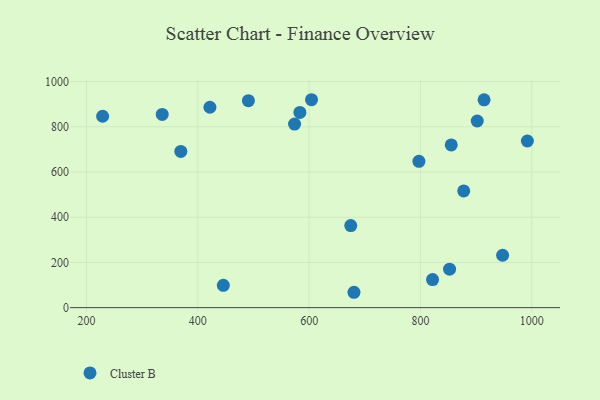
{"axis": {"x": "Speed", "y": "Sales"}, "legend": ["Cluster B"], "data": [{"x": "369.4", "y": 690.8, "type": "Cluster B"}, {"x": "855.4", "y": 719.8, "type": "Cluster B"}, {"x": "852.4", "y": 170.1, "type": "Cluster B"}, {"x": "228.9", "y": 846.6, "type": "Cluster B"}, {"x": "604.3", "y": 919.6, "type": "Cluster B"}, {"x": "674.8", "y": 362.9, "type": "Cluster B"}, {"x": "914.4", "y": 919.3, "type": "Cluster B"}, {"x": "947.7", "y": 231.7, "type": "Cluster B"}, {"x": "490.9", "y": 915.4, "type": "Cluster B"}, {"x": "445.8", "y": 98.8, "type": "Cluster B"}, {"x": "797.3", "y": 647.1, "type": "Cluster B"}, {"x": "336.0", "y": 854.5, "type": "Cluster B"}, {"x": "583.4", "y": 863.6, "type": "Cluster B"}, {"x": "821.8", "y": 124.3, "type": "Cluster B"}, {"x": "992.2", "y": 737.1, "type": "Cluster B"}, {"x": "680.6", "y": 68.0, "type": "Cluster B"}, {"x": "877.8", "y": 516.2, "type": "Cluster B"}, {"x": "421.7", "y": 886.4, "type": "Cluster B"}, {"x": "902.1", "y": 825.5, "type": "Cluster B"}, {"x": "573.8", "y": 812.1, "type": "Cluster B"}]}